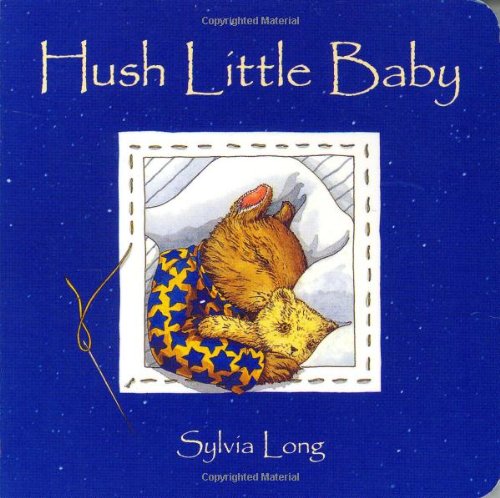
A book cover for Hush Little Baby; Sylvia Long; Children's Books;